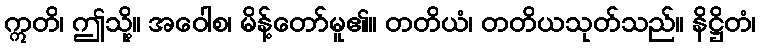
ဣတိ၊ ဤသို့။ အဝေါစ၊ မိန့်တော်မူ၏။ တတိယံ၊ တတိယသုတ်သည်။ နိဋ္ဌိတံ၊